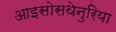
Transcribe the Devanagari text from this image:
आइसोसथेनुरिया